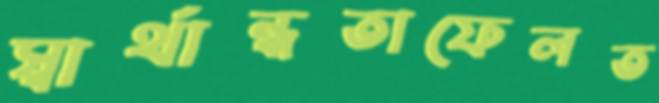
স্বার্থান্ধতাফেলত